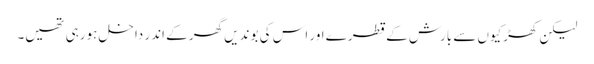
لیکن کھڑکیوں سے بارش کے قطرے اور اس کی بوندیں گھر کے اندر داخل ہورہی تھیں۔